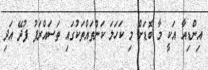
އިންޑިއާ އަކީ މާ ބޮޑަށް މި ކަހަލަ ކަންތައްތަކުގައި ތަސައްރަފު ފުދޭ އަދި